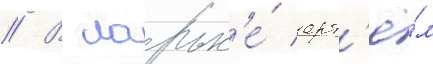
// В ларьк'е́ арт'ё́м